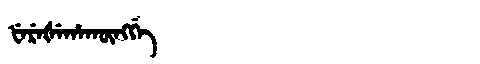
Manchu: ᡶᡝᡵᡝᡧᡝᡥᠠᡴᡡᠩᡤᡝ
Romanization: FEREŠEHAKŪNGGE